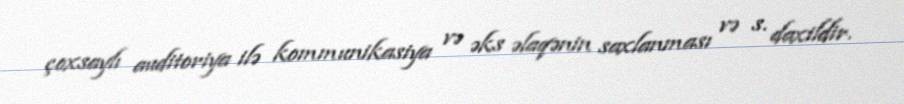
çoxsaylı auditoriya ilə kommunikasiya və əks əlaqənin saxlanması və s. daxildir.